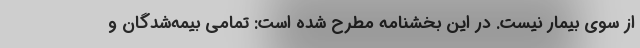
از سوی بیمار نیست. در این بخشنامه مطرح شده است: تمامی بیمه‌شدگان و